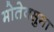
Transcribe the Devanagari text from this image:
मोतेक्सुमा